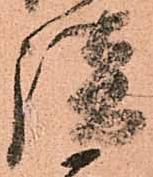
談